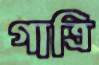
গাত্রি